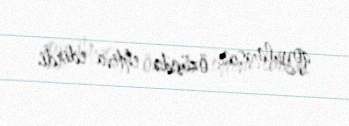
qoyulmasını özündə ehtiva edirdi.